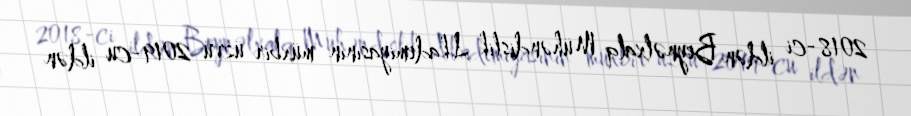
2018-ci ildən Beynəlxalq Mühəndislik Akademiyasının müxbir üzvü 2019-cu ildən